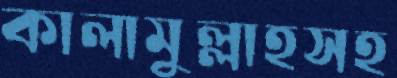
কালামুল্লাহসহ